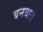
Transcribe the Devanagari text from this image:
बनवात